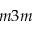
m 3 m